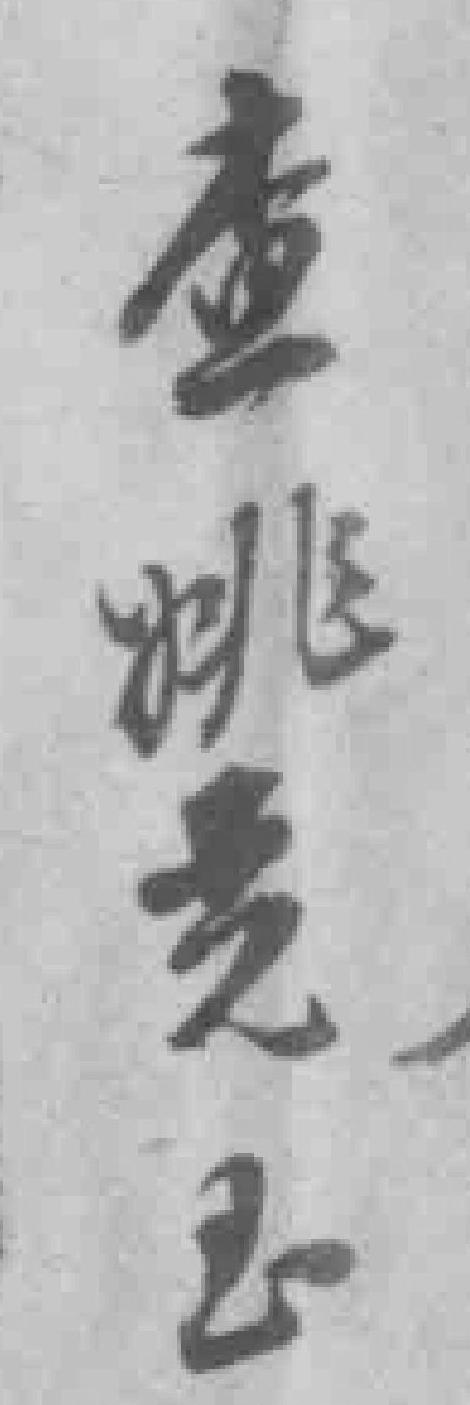
待识别